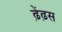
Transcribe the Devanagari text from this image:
ढ़ेंढ़स